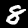
Label: 8